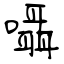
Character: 囁